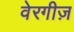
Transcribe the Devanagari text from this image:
वेरगीज़